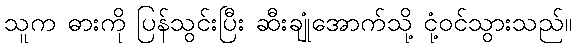
သူက ဓားကို ပြန်သွင်းပြီး ဆီးချုံအောက်သို့ ငုံ့ဝင်သွားသည်။